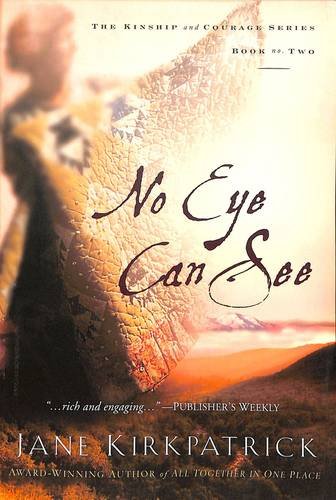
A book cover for No Eye Can See (Kinship and Courage Series #2); Jane Kirkpatrick; Christian Books & Bibles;